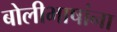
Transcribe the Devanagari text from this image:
बोलीभाषांना